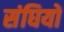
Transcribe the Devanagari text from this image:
संघियों